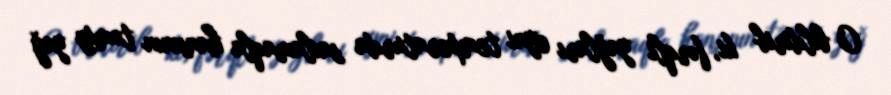
O bildirib ki, fərqli yağları eyni temperaturda saxlamaqla hansının təmiz yağ